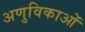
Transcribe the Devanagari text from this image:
अणुविकाओं